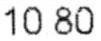
10.80